Vital statistics of India. Vol. V, Reports of 1876 on armies & jails and on epidemic cholera
Year: 1876
Disease focus: Cholera
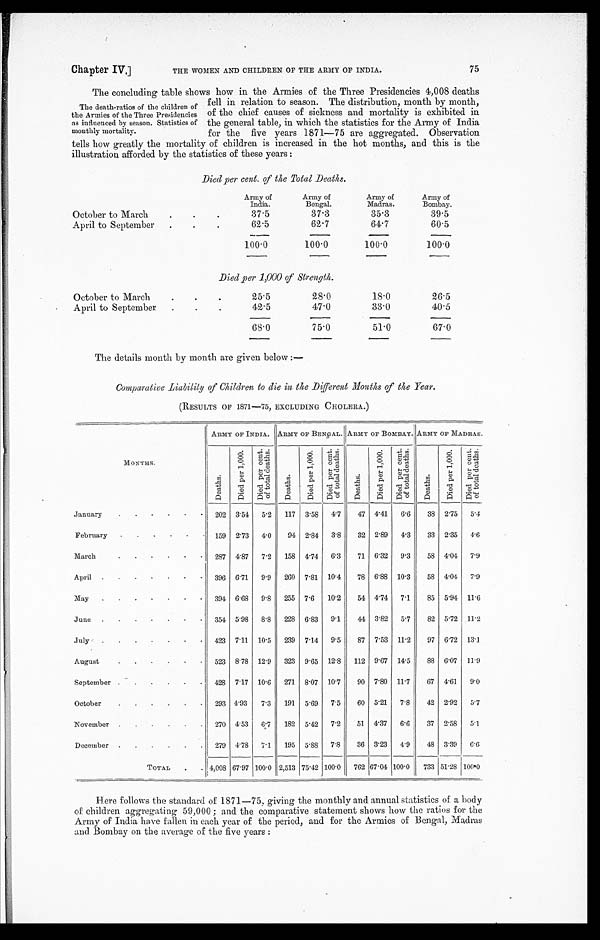
Chapter IV.]
THE WOMEN AND CHILDREN OF THE ARMY OF INDIA.
75
The concluding table shows how in the Armies of the Three Presidencies 4,008 deaths
fell in relation to season. The distribution, month by month,
of the chief causes of sickness and mortality is exhibited in
the general table, in which the statistics for the Army of India
for the five years 1871—75 are aggregated. Observation
tells how greatly the mortality of children is increased in the hot months, and this is the
illustration afforded by the statistics of these years:
Died per cent. of the Total Deaths.
Army of
India.
Army of
Bengal.
Army of
Madras.
Army of
Bombay.
October to March
37.5
37.3
35.3
39.5
April to September
62.5
62.7
64.7
60.5
100.0
100.0
100.0
100.0
Died per 1,000 of Strength.
October to March
25.5
28.0
18.0 26.5
April to September
42.5
47.0
33.0
40.5
68. 0
75.0
51.0
67.0
The details month by month are given below:—
Comparative Liability of Children to die in the Different Months of the Year.
( RES ULTS OF 1 8 7 1 —7 5 , EXCLUDI NG CHOLERA. )
ARMY OF INDIA. ARMY OF BENGAL. ARMY OF BOMBAY. ARMY OF MADRAS.
MONTHS.
D e a t h s . D i e d p e r 1 , 0 0 0 .
D i e d p e r c e n t .
o f t o t a l d e a t h s .
D e a t h s .
D i e d p e r 1 , 0 0 0 .
D i e d p e r c e n t .
o f t o t a l d e a t h s .
D e a t h s .
D i e d p e r 1 , 0 0 0 .
D i e d p e r D D e a t h s . c e n t .
o f t o t a l .
D e a t h s .
D i e d p e r 1 , 0 0 0 . D i e d p e r c e n t .
o f t o t a l d e a t h s .
January
202 3.54 5.2 117 3.58 4.7 47 4.41 6.6 38 2.75 5.4
February
159 2.73 4.0 94 2.84 3.8 32 2.89 4.3 33 2.35 4 . 6
March
287 4.87 7.2 158 4.74 6.3 71 6.32 9.3 58 4.04 7 . 9
April
396 6.71 9.9 260 7.81 10.4 78 6.88 10.3 58 4.04 7.9
May
394 6.68 9.8 255 7.6 10.2 54 4.74 7.1 85 5.94 11.6
June
354 5.98 8.8 228 6.83 9.1 44 3.82 5.7 82 5.72 11.2
July
423 7.11 10.5 239 7.14 9.5 87 7.53 11.2 97 6.72 13.1
August
523 8.78 12.9 323 9.65 12.8 112 9.67 14.5 88 6.07 11.9
September
428 7.17 10.6 271 8.07 10.7 90 7.80 11.7 67 4.61 9 . 0
October
293 4.93 7.3 191 5.69 7.5
6 0 5.21 7.8 42 2.92 5.7
November
270 4.53 6.7 182 5.42 7.2 51 4.37 6.6 37 2.58 5.1
December
279 4.78 7.1 195 5.88 7.8 36 3.23 4.9 48 3.39 6.6
TOTAL
4,008 67.97 100.0 2,513 75.42 100.0 762 67.04 100.0 733 51.28 100.0
Here follows the standard of 1871—75, giving the monthly and annual statistics of a body
of children aggregating 59,000; and the comparative statement shows how the ratios for the
Army of India have fallen in each year of the period, and for the Armies of Bengal, Madras
and Bombay on the average of the five years:
The death-ratios of the children of
the Armies of the Three Presidencies
as influenced by season. Statistics of
monthly mortality.